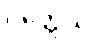
ဝတ္တေသိ